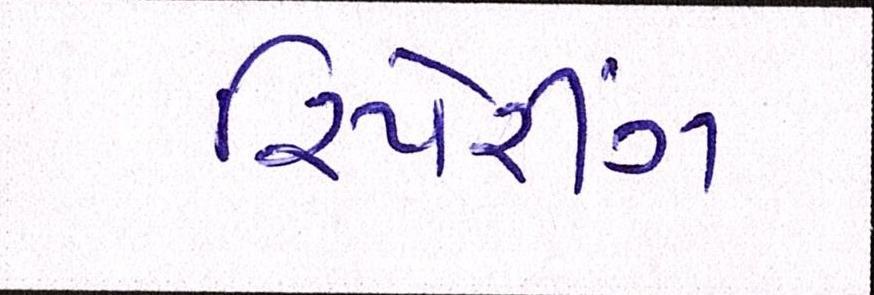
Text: રિપેરીંગ